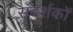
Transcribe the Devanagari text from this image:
संदर्शकों